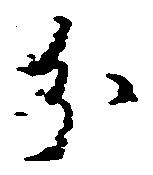
分